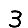
Digit: 3